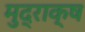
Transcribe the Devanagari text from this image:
मुद्राक्ष